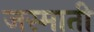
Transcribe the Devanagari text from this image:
जस्माती